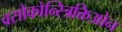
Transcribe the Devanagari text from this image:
वसोकोन्स्त्रिक्तिओन